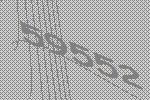
59552